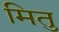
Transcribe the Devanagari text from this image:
मितु